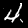
Label: 4